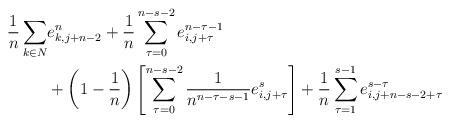
LaTeX: \begin{align*}\frac{1}{n}\sum_{k\in N}&e_{k,j+n-2}^n+\frac{1}{n}\sum_{\tau=0}^{n-s-2}e^{n-\tau-1}_{i,j+\tau} \\&+\left(1-\frac{1}{n}\right)\left[\sum_{\tau=0}^{n-s-2}\frac{1}{n^{n-\tau-s-1}}e^{s}_{i,j+\tau}\right]+\frac{1}{n}\sum_{\tau=1}^{s-1}e_{i,j+n-s-2+\tau}^{s-\tau}\end{align*}